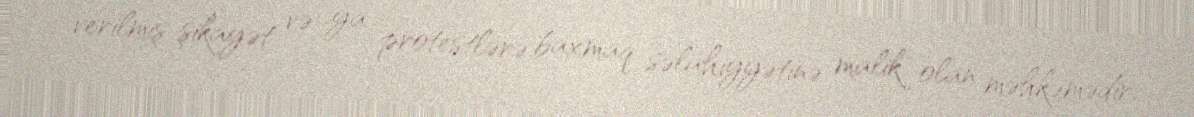
verilmiş şikayət və ya protestlərə baxmaq səlahiyyətinə malik olan məhkəmədir.